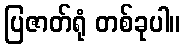
ပြဇာတ်ရုံ တစ်ခုပါ။